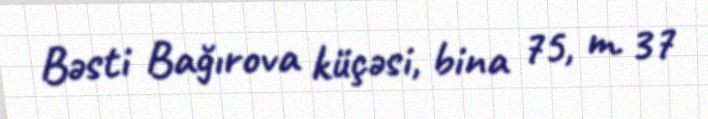
Bəsti Bağırova küçəsi, bina 75, m. 37